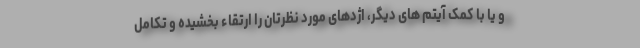
و یا با کمک آیتم های دیگر، اژدهای مورد نظرتان را ارتقاء بخشیده و تکامل